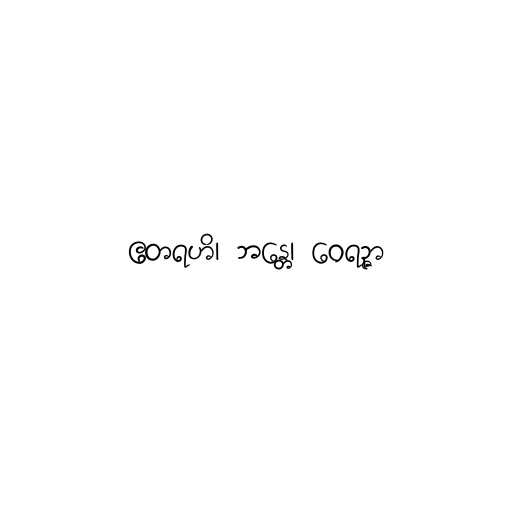
ဧတရဟိ၊ ဘန္တေ၊ ဝေရဉ္ဇာ